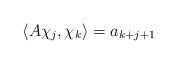
LaTeX: \begin{align*}\langle A\chi_j,\chi_k\rangle=a_{k+j+1} \end{align*}